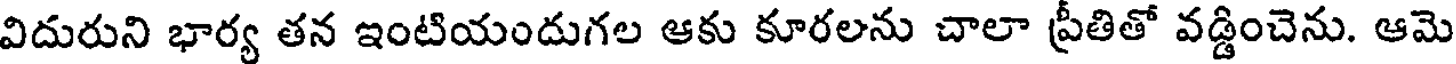
విదురుని భార్య తన ఇంటియందుగల ఆకు కూరలను చాలా ప్రీతితో వడ్డించెను. ఆమె